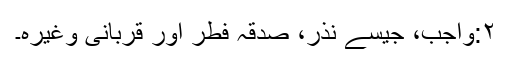
٢:واجب، جیسے نذر، صدقہ فطر اور قربانی وغیرہ۔